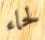
لحاء